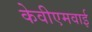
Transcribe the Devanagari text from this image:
केवीएमवाई